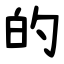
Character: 的